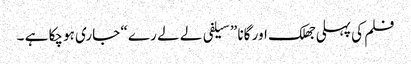
فلم کی پہلی جھلک اور گانا ” سیلفی لے لے رے “ جاری ہوچکا ہے ۔